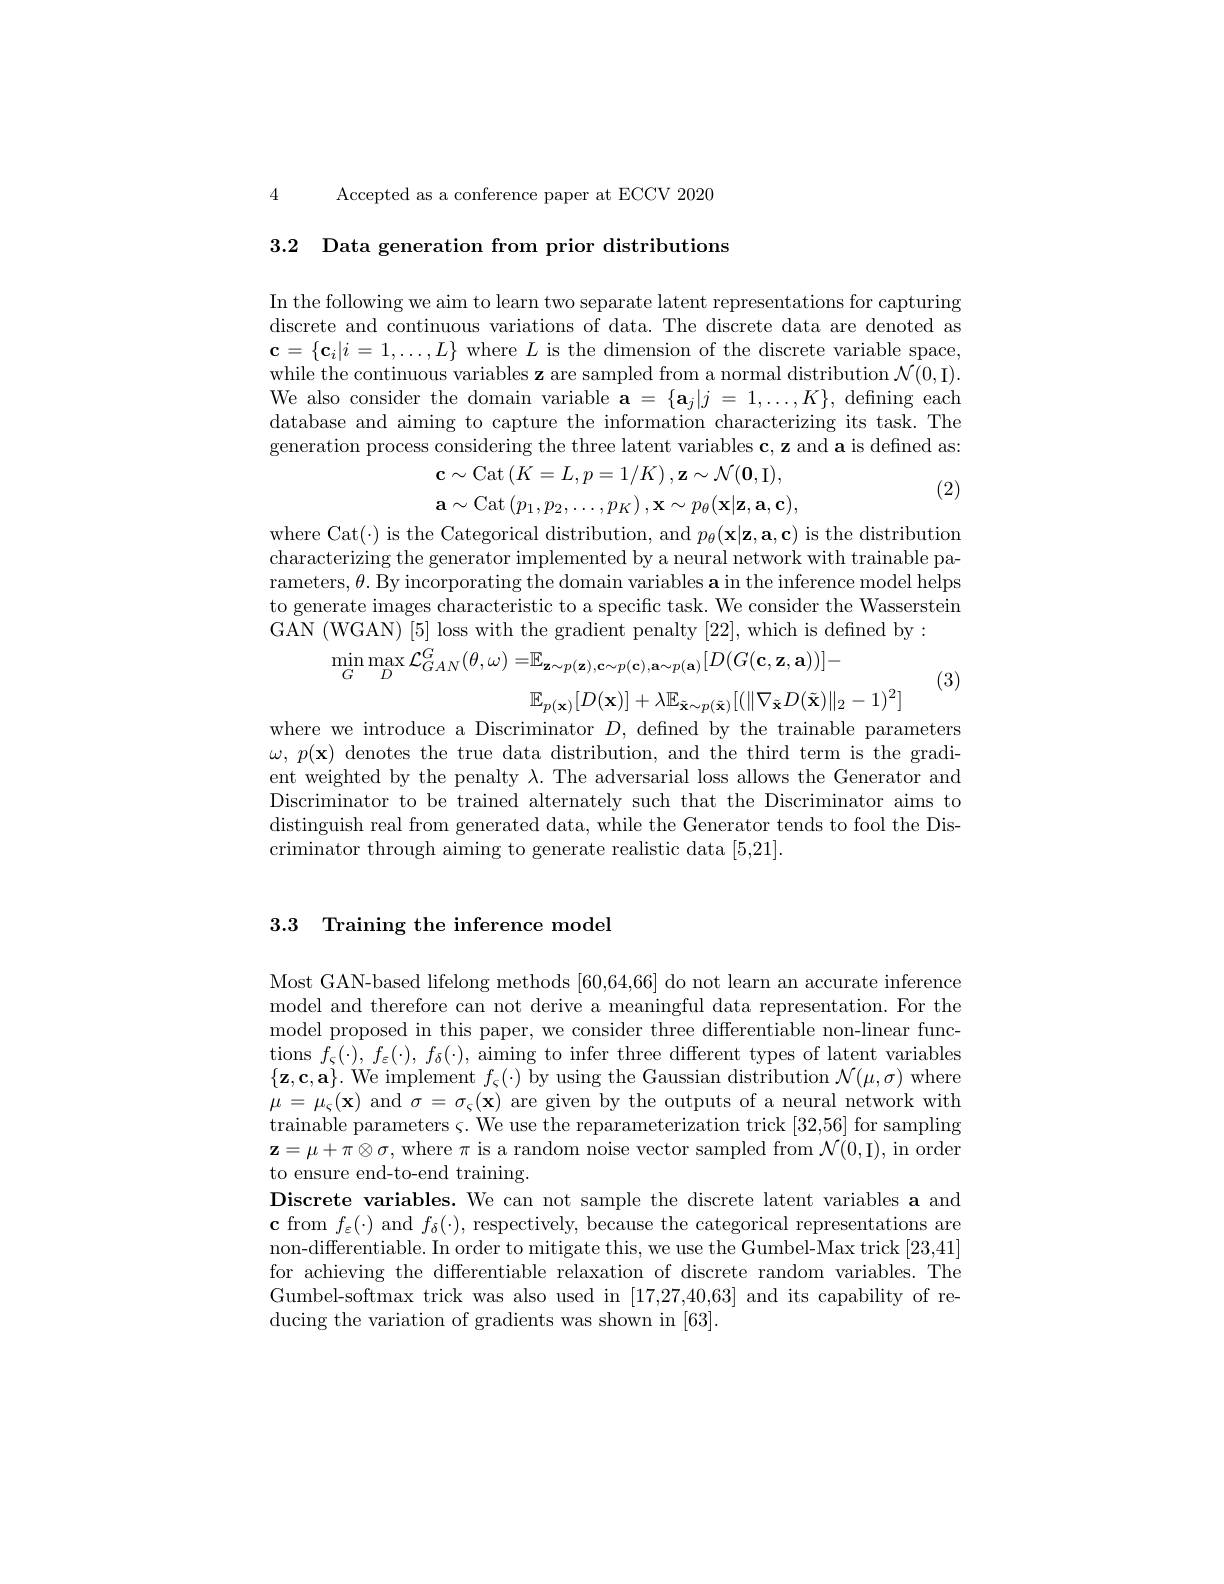
4 Accepted as a conference paper at ECCV 2020

3.2 Data generation from prior distributions

In the following we aim to learn two separate latent representations for capturing discrete and continuous variations of data. The discrete data are denoted as $\mathbf{c}=\{\mathbf{c}_i|i=1,\ldots,L\}$ where $L$ is the dimension of the discrete variable space, while the continuous variables z are sampled from a normal distribution $\mathcal{N}(0$,I). We also consider the domain variable $\mathbf{a} = \{ \mathbf{a} _j| j$ = $1, \ldots , K\} $, defining each database and aiming to capture the information characterizing its task.The generation process considering the three latent variables c, z and a is defined as:
$$\mathbf{c}\sim\mathrm{Cat}\left(K=L,p=1/K\right),\mathbf{z}\sim\mathcal{N}(\mathbf{0},\mathbf{I}),\\\mathbf{a}\sim\mathrm{Cat}\left(p_{1},p_{2},\ldots,p_{K}\right),\mathbf{x}\sim p_{\theta}(\mathbf{x}|\mathbf{z},\mathbf{a},\mathbf{c}),$$
(2)

where Cat(·) is the Categorical distribution, and $p_\theta(\mathbf{x}|\mathbf{z},\mathbf{a},\mathbf{c})$ is the distribution characterizing the generator implemented by a neural network with trainable parameters, $\theta.$ By incorporating the domain variables a in the inference model helps to generate images characteristic to a specific task. We consider the Wasserstein GAN (WGAN) [5] loss with the gradient penalty [22], which is defined by:
$$\min_{G}\max_{D}\mathcal{L}_{GAN}^{G}(\theta,\omega)=\mathbb{E}_{\mathbf{z}\sim p(\mathbf{z}),\mathbf{c}\sim p(\mathbf{c}),\mathbf{a}\sim p(\mathbf{a})}[D(G(\mathbf{c},\mathbf{z},\mathbf{a}))]-$$
(3)
$$\mathbb{E}_{p(\mathbf{x})}[D(\mathbf{x})]+\lambda\mathbb{E}_{\tilde{\mathbf{x}}\sim p(\tilde{\mathbf{x}})}[(\|\nabla_{\tilde{\mathbf{x}}}D(\tilde{\mathbf{x}})\|_2-1)^2]$$
where we introduce a Discriminator $D$, defined by the trainable parameters $\omega,p(\mathbf{x})$ denotes the true data distribution, and the third term is the gradient weighted by the penalty $\lambda.$ The adversarial loss allows the Generator and Discriminator to be trained alternately such that the Discriminator aims to distinguish real from generated data, while the Generator tends to fool the Discriminator through aiming to generate realistic data [5,21]

### 3.3 Training the inference model

Most GAN-based lifelong methods [60,64,66] do not learn an accurate inference model and therefore can not derive a meaningful data representation. For the model proposed in this paper, we consider three differentiable non-linear functions $f_{\varsigma}(\cdot),f_{\varepsilon}(\cdot),f_{\delta}(\cdot)$, aiming to infer three different types of latent variables $\{\mathbf{z},\mathbf{c},\mathbf{a}\}.$ We implement $f_\varsigma(\cdot)$ by using the Gaussian distribution $\mathcal{N}(\mu,\sigma)$ where $\mu=\mu_{\varsigma}(\mathbf{x})$ and $\sigma=\sigma_\varsigma(\mathbf{x})$ are given by the outputs of a neural network with trainable parameters $\varsigma.$ We use the reparameterization trick [32,56] for sampling $\mathbf{z}=\mu+\pi\otimes\sigma$, where $\pi$ is a random noise vector sampled from $\mathcal{N}(0$,I), in order to ensure end-to-end training.
Discrete variables. We can not sample the discrete latent variables a and $\textbf{c from }f_{\varepsilon }( \cdot )$ and $f_\delta(\cdot)$, respectively, because the categorical representations are non-differentiable. In order to mitigate this, we use the Gumbel-Max trick [23,41] for achieving the differentiable relaxation of discrete random variables. The Gumbel-softmax trick was also used in [17,27,40,63] and its capability of reducing the variation of gradients was shown in [63].